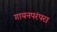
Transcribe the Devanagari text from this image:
गायनपरंपरा